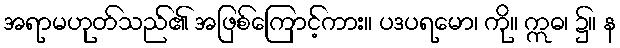
အရာမဟုတ်သည်၏ အဖြစ်ကြောင့်ကား။ ပဒပရမော၊ ကို။ ဣဓ၊ ၌။ န